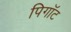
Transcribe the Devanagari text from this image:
पिगॉट